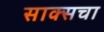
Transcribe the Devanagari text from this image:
साक्सचा